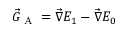
\vec { G } _ { \textrm { A } } = \vec { \nabla } E _ { 1 } - \vec { \nabla } E _ { 0 }